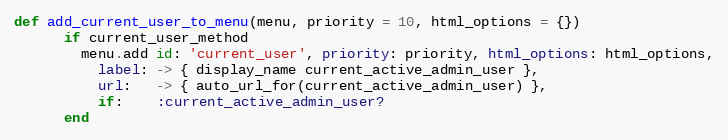
Language: Ruby
def add_current_user_to_menu(menu, priority = 10, html_options = {})
      if current_user_method
        menu.add id: 'current_user', priority: priority, html_options: html_options,
          label: -> { display_name current_active_admin_user },
          url:   -> { auto_url_for(current_active_admin_user) },
          if:    :current_active_admin_user?
      end